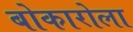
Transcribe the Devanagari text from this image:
बोकारोला